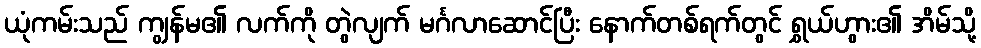
ယုံကမ်းသည် ကျွန်မ၏ လက်ကို တွဲလျက် မင်္ဂလာဆောင်ပြီး နောက်တစ်ရက်တွင် ရွှယ်ဟွား၏ အိမ်သို့